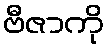
ဗီဇာကို